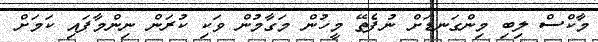
މާކްސް ލިބި މިންގަނޑަށް ނުފެތޭ މީހުން މަގާމުން ވަކި ކުރަން ނިންމާފައި ކަމަށް